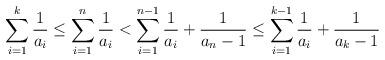
LaTeX: \begin{align*}\sum_{i=1}^{k} \frac{1}{a_i} \leq \sum_{i=1}^{n} \frac{1}{a_i} < \sum_{i=1}^{n-1} \frac{1}{a_i} + \frac{1}{a_n -1} \leq \sum_{i=1}^{k-1} \frac{1}{a_i} + \frac{1}{a_k-1}\end{align*}